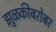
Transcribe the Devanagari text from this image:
झुळकीबरोबर